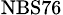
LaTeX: {}_{\mathrm{NBS76}}